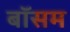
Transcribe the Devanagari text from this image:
बॉसम